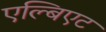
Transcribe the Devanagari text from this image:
एल्बिएट